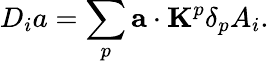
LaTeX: D_{i}a=\sum_{p}{\mathbf a}\cdot{\mathbf K}^{p}\delta_{p}A_{i}.